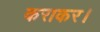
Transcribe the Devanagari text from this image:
कराकर।